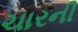
ચારની